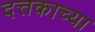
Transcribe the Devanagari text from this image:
दत्तकाच्या